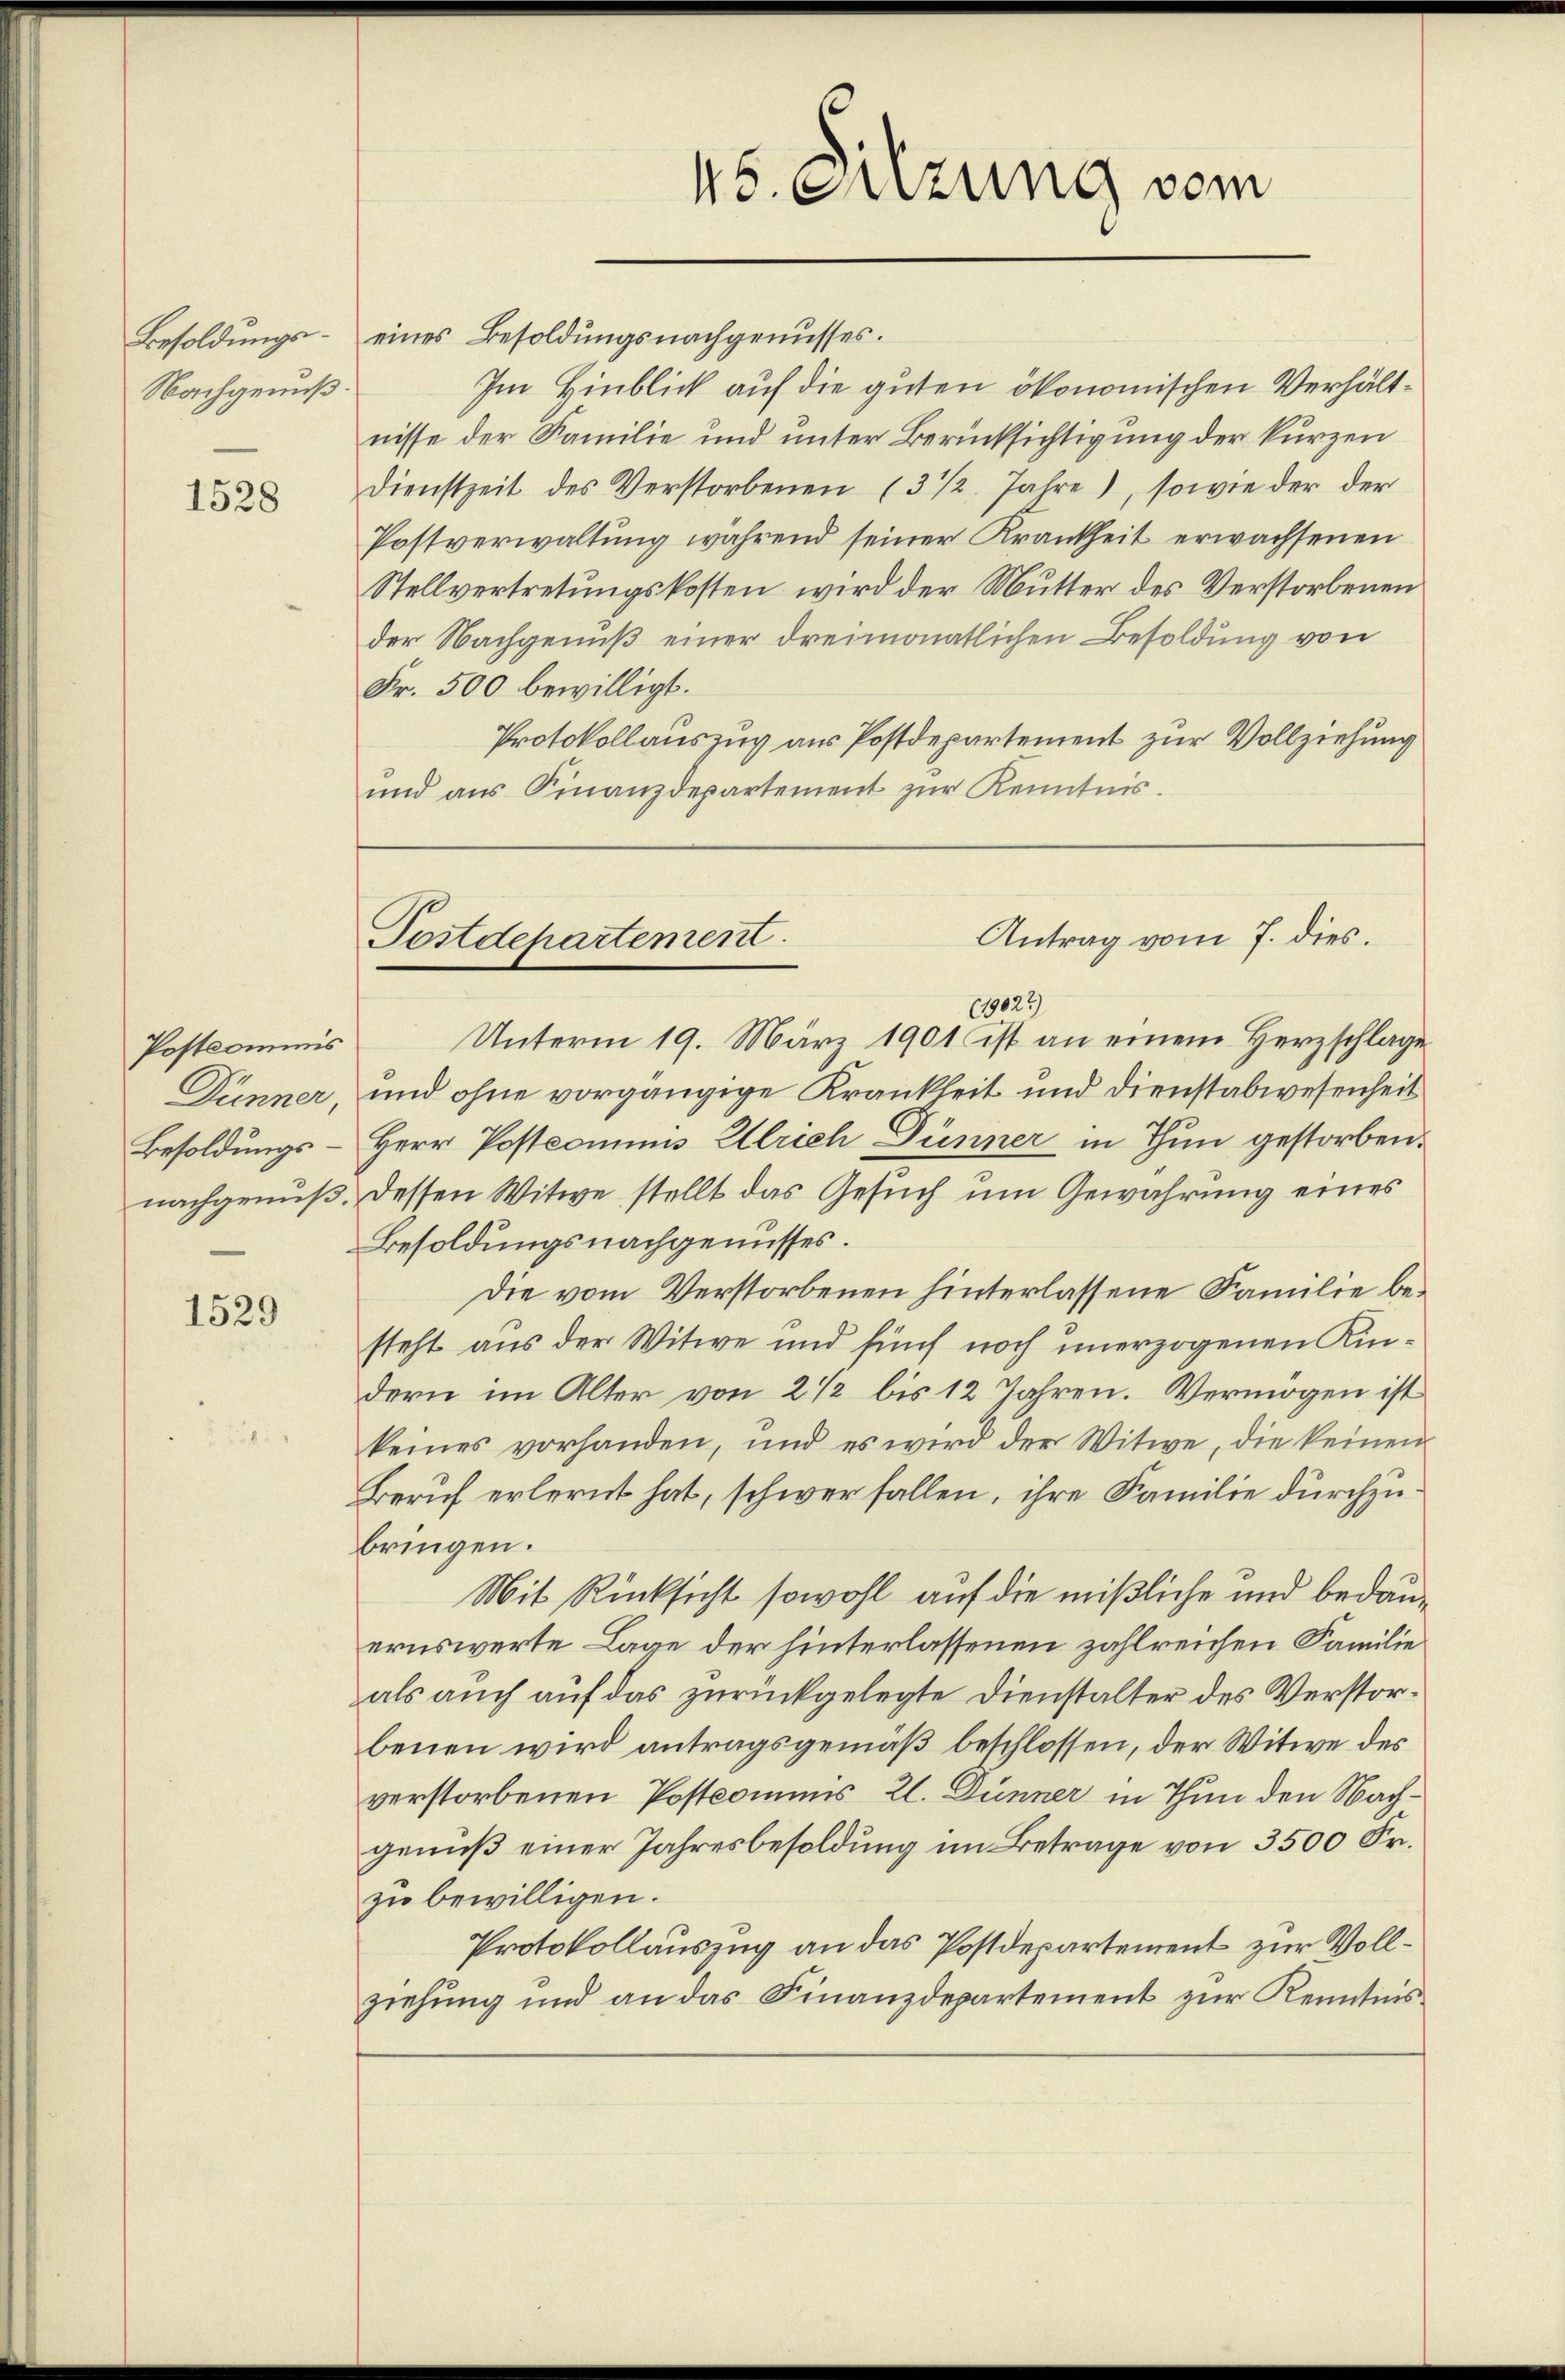
Besoldungs¬
Nachgenuß.

1528

Postkommnis

1529

45. Seizung vom

eines Besoldungsnachgenusses.
Im Hinblick auf die guten ökonomischen Verhältnisse der Familie und unter Berücksichtigung der kurzen
Dienstzeit des Verstorbenen (3 1/2. Jahre), sowie der der
Postverwaltung während seiner Krankheit erwachsenen
Stellvertretungskosten wird der Mutter des Verstorbenen
der Nachgenuß einer dreimonatlichen Besoldung von
Fr. 500 bewilligt.
Protokollauszug aus Postdepartement zur Vollziehung
und aŭs Finanzdepartement zŭr Kenntnis.

Antrag vom 7. dies.
Postdepartement.

(19023
Unterm 19. März 1901 ist an einem Herzschlage
Dünner, und ohne vorgängige Krankheit und Dienstabwesenheit
Besoldungs - Herr Postcommis Ulrich Dünner in Thun gestorben.
nachgenuß. Dessen Witwe stellt das Gesuch um Gewahrung eines
Besoldungsnachgenusses.
Die vom Verstorbenen hinterlassene Familie besteht aus der Witwe und fünf noch unerzogenen Kindern im Alter von 2 1/2 bis 12 Jahren. Vermögen ist
keines vorhanden, und es wird der Witwe, die keinen
Beruf erlernt hat, schwer fallen, ihre Familie durchzubringen.
Mit Rücksicht sowohl auf die mißliche und bedauernswerte Lage der hinterlassenen zahlreichen Familie
als auch auf das zurückgelegte Dienstalter des Verstorbenen wird antragsgemäß beschlossen, der Witwe des
verstorbenen Postcommis Zl. Dünner in Thun den Nachgenuß einer Jahresbesoldung im Betrage von 3500 Fr.
zu bewilligen.
Protokollauszug an das Postdepartement zur Vollziehung und an das Finanzdepartement zur Kenntnis¬